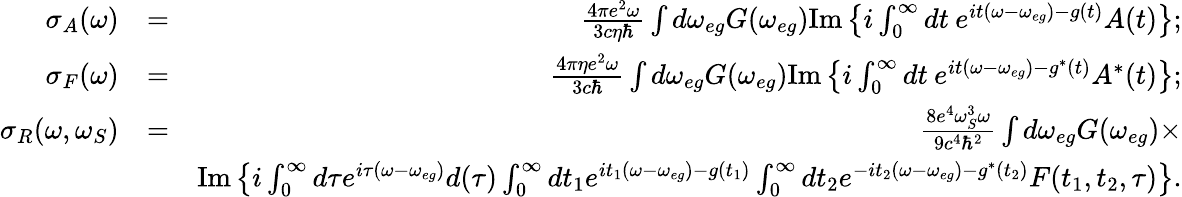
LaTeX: \begin{array}{rlr}{\sigma_{A}(\omega)}&{=}&{\frac{4\pi e^{2}\omega}{3c\eta\hbar}\int d\omega_{eg}G(\omega_{eg})\mathrm{Im}\left\{ i\int_{0}^{\infty}dt\: e^{it(\omega-\omega_{eg})-g(t)}A(t)\right\} ;}\\ {\sigma_{F}(\omega)}&{=}&{\frac{4\pi\eta e^{2}\omega}{3c\hbar}\int d\omega_{eg}G(\omega_{eg})\mathrm{Im}\left\{ i\int_{0}^{\infty}dt\: e^{it(\omega-\omega_{eg})-g^{*}(t)}A^{*}(t)\right\} ;}\\ {\sigma_{R}(\omega,\omega_{S})}&{=}&{\frac{8e^{4}\omega_{S}^{3}\omega}{9c^{4}\hbar^{2}}\int d\omega_{eg}G(\omega_{eg})\times}\\ &{}&{\mathrm{Im}\left\{ i\int_{0}^{\infty}d\tau e^{i\tau(\omega-\omega_{eg})}d(\tau)\int_{0}^{\infty}dt_{1}e^{it_{1}(\omega-\omega_{eg})-g(t_{1})}\int_{0}^{\infty}dt_{2}e^{-it_{2}(\omega-\omega_{eg})-g^{*}(t_{2})}F(t_{1},t_{2},\tau)\right\} .}\end{array}